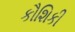
કૌશિકી